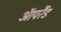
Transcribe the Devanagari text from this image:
ऑपरैंड